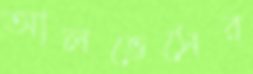
আলভেসের